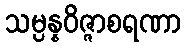
သမ္ပန္နဝိဇ္ဇာစရဏာ